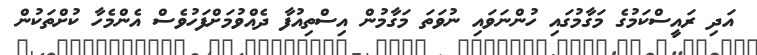
އަދި ރައީސްކަމުގެ މަގާމުގައި ހުންނަވައި ނުވަތަ މަގާމުން އިސްތިއުފާ ދެއްވުމަށްފަހުވެސް އެންމެހާ ކުށްތަކުން